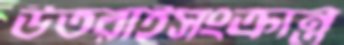
উতরাইসংক্রান্ত